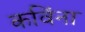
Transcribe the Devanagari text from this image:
कविंना